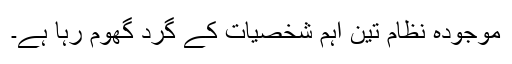
موجودہ نظام تین اہم شخصیات کے گرد گھوم رہا ہے۔